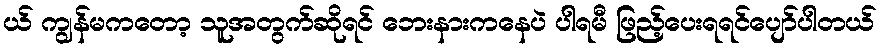
ယ် ကျွန်မကတော့ သူအတွက်ဆိုရင် ဘေးနားကနေပဲ ပါရမီ ဖြည့်ပေးရရင်ပျော်ပါတယ်